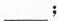
___﹔